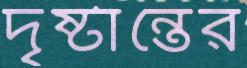
দৃষ্টান্তের